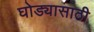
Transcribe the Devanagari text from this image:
घोड्यासाठी